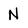
Character: N